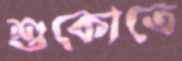
শুকোতে